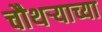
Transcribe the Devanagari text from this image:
चौथऱ्याच्या